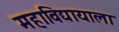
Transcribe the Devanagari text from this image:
महाविद्यायाला